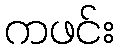
ကဖင်း